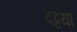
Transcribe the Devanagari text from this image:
दट्टया